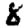
Digit: 8